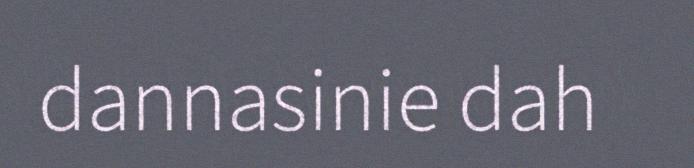
dannasinie dah